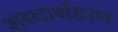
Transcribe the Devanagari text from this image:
शब्दार्थहरण